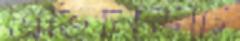
এভিনিউটি